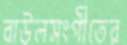
বাউলসংগীতের